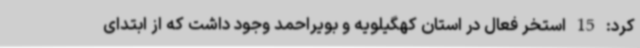
کرد: 15 استخر فعال در استان کهگیلویه و بویراحمد وجود داشت که از ابتدای